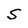
Character: S